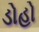
ડોહો